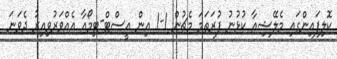
ކޮލިފައިންގައި މެލޭޝިއާ ކުޅުނު ފުރަތަމަ މެޗުން 1-1 އިން އީސްޓް-ޓިމޯއާ އެއްވަރުވިއިރު ދެވަނަ